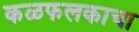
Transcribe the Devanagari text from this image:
कळफलकाचा